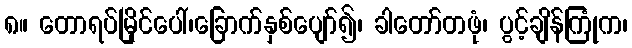
၈။ တောရပ်မြိုင်ပေါ်၊ခြောက်နှစ်ပျော်၍၊ ခါတော်တဖုံ၊ ပွင့်ချိန်ကြုံက၊